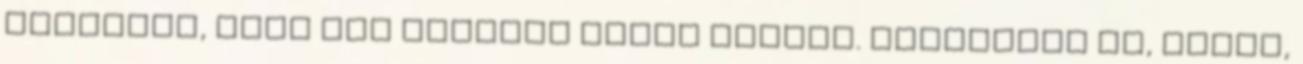
Jézustól, hogy mit tehetsz mások javára. Szerinted Te, Zsófi,